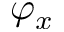
\varphi _ { x }